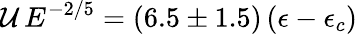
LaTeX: \mathcal{U}\, E^{-2/5}=(6.5\pm 1.5)\, (\epsilon-\epsilon_{c})